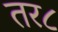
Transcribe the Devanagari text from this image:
तर८